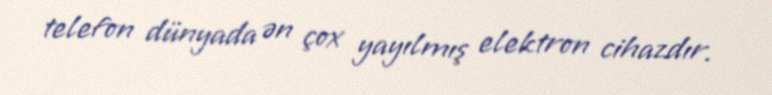
telefon dünyada ən çox yayılmış elektron cihazdır.